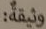
وثيقة